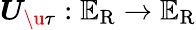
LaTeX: \boldsymbol{U}_{\u{\tau}}:\mathbb{E}_{\mathrm{R}}\rightarrow\mathbb{E}_{\mathrm{R}}